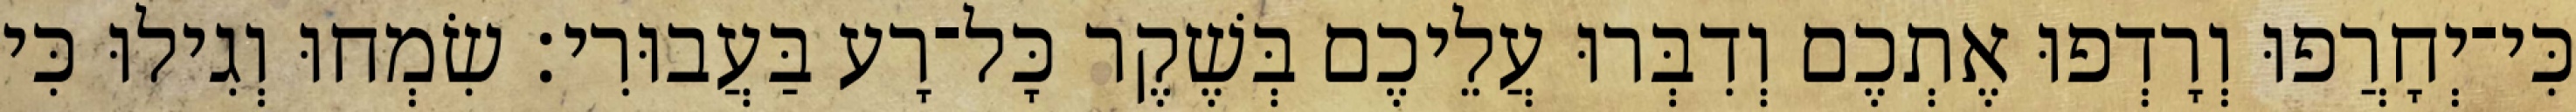
כִּי־יְחָרֲפוּ וְרָדְפוּ אֶתְכֶם וְדִבְּרוּ עֲלֵיכֶם בְּשֶׁקֶר כָּל־רָע בַּעֲבוּרִי׃ שִׂמְחוּ וְגִילוּ כִּי